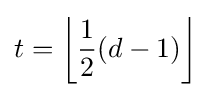
t=\left\lfloor {\frac {1}{2}}(d-1)\right\rfloor